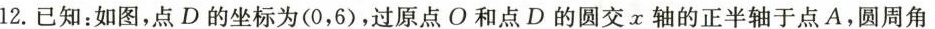
12.已知：如图，点D的坐标为(0，6)，过原点O和点D的圆交x轴的正半轴于点A，圆周角